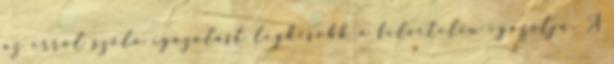
az erről szóló igazolást legkésőbb a felvételin igazolja. A